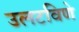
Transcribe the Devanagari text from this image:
उलटविणे